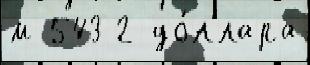
м 543 2 до́ллара